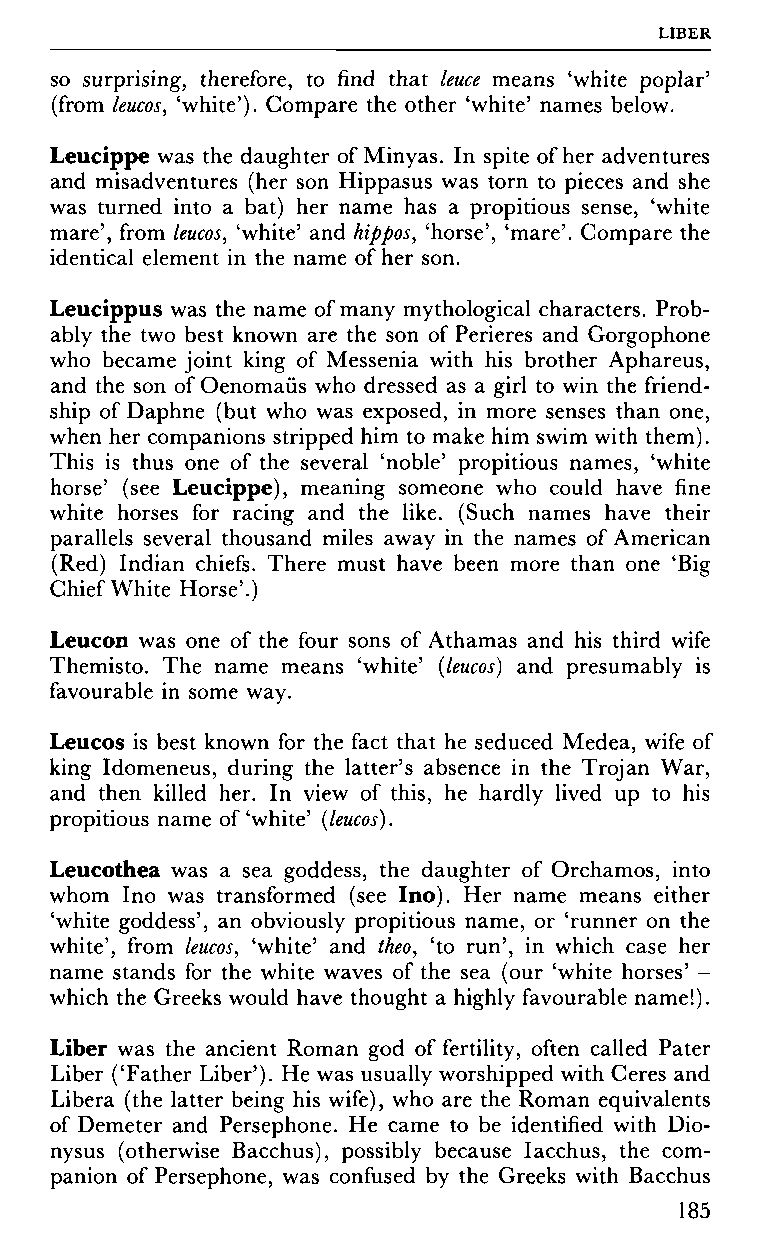
LIBER
 so surprising, therefore, to find that leuce means 'white poplar'
 (from leucos, 'white'). Compare the other 'white' names below.
 Leucippe was the daughter of Minyas. In spite of her adventures
 and misadventures (her son Hippasus was torn to pieces and she
 was turned into a bat) her name has a propitious sense, 'white
 mare', from leucos, 'white' and hippos, 'horse', 'mare'. Compare the
 identical element in the name of her son.
 Leucippus was the name of many mythological characters. Prob
 ably the two best known are the son of Perieres and Gorgophone
 who became joint king of Messenia with his brother Aphareus,
 and the son of Oenomaüs who dressed as a girl to win the friend
 ship of Daphne (but who was exposed, in more senses than one,
 when her companions stripped him to make him swim with them).
 This is thus one of the several 'noble' propitious names, 'white
 horse' (see Leucippe), meaning someone who could have fine
 white horses for racing and the like. (Such names have their
 parallels several thousand miles away in the names of American
 (Red) Indian chiefs. There must have been more than one 'Big
 Chief White Horse'.)
 Leucon was one of the four sons of Athamas and his third wife
 Themisto. The name means 'white' (leucos) and presumably is
 favourable in some way.
 Leucos is best known for the fact that he seduced Medea, wife of
 king Idomeneus, during the latter's absence in the Trojan War,
 and then killed her. In view of this, he hardly lived up to his
 propitious name of'white' (leucos).
 Leucothea was a sea goddess, the daughter of Orchamos, into
 whom Ino was transformed (see Ino). Her name means either
 'white goddess', an obviously propitious name, or 'runner on the
 white', from leucos, 'white' and theo, 'to run', in which case her
 name stands for the white waves of the sea (our 'white horses' -
 which the Greeks would have thought a highly favourable name!).
 Liber was the ancient Roman god of fertility, often called Pater
 Liber ('Father Liber'). He was usually worshipped with Ceres and
 Libera (the latter being his wife), who are the Roman equivalents
 of Demeter and Persephone. He came to be identified with Dio
 nysus (otherwise Bacchus), possibly because Iacchus, the com
 panion of Persephone, was confused by the Greeks with Bacchus
 185